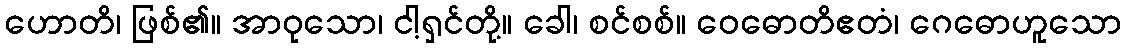
ဟောတိ၊ ဖြစ်၏။ အာဝုသော၊ ငါ့ရှင်တို့။ ခေါ၊ စင်စစ်။ ဝေဓောတိဧတံ၊ ဂေဓောဟူသော